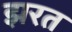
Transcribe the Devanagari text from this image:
झरत